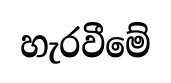
හැරවීමේ